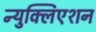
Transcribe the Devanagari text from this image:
न्युक्लिएशन